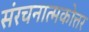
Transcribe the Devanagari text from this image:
संरचनात्मकोत्तर